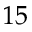
1 5